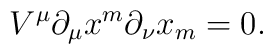
V^\mu \partial_\mu x^m \partial_\nu x_m = 0.